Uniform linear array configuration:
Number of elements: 32
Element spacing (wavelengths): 0.5
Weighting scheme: exponential
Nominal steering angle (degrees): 15
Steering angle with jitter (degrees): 14.446
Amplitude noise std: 0.05
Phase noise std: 0.05

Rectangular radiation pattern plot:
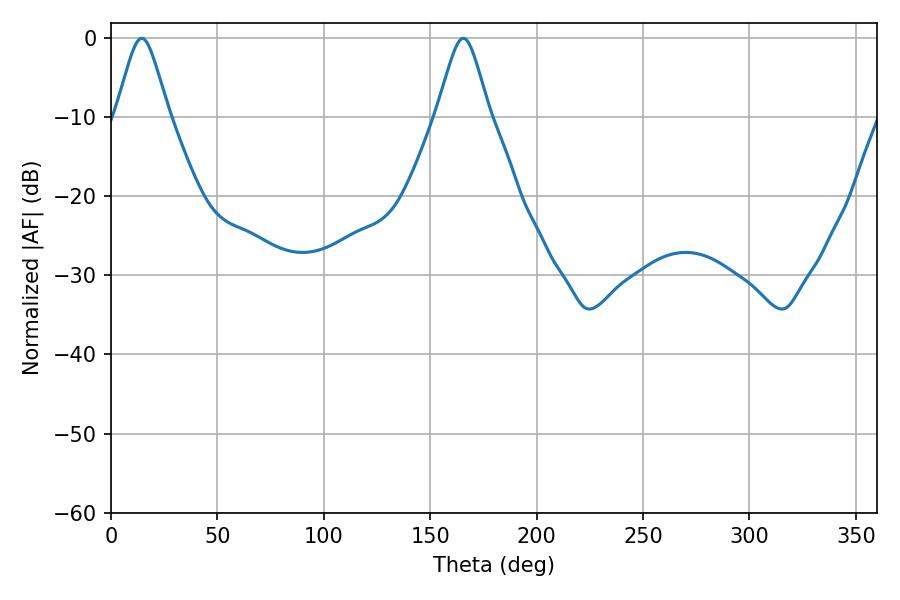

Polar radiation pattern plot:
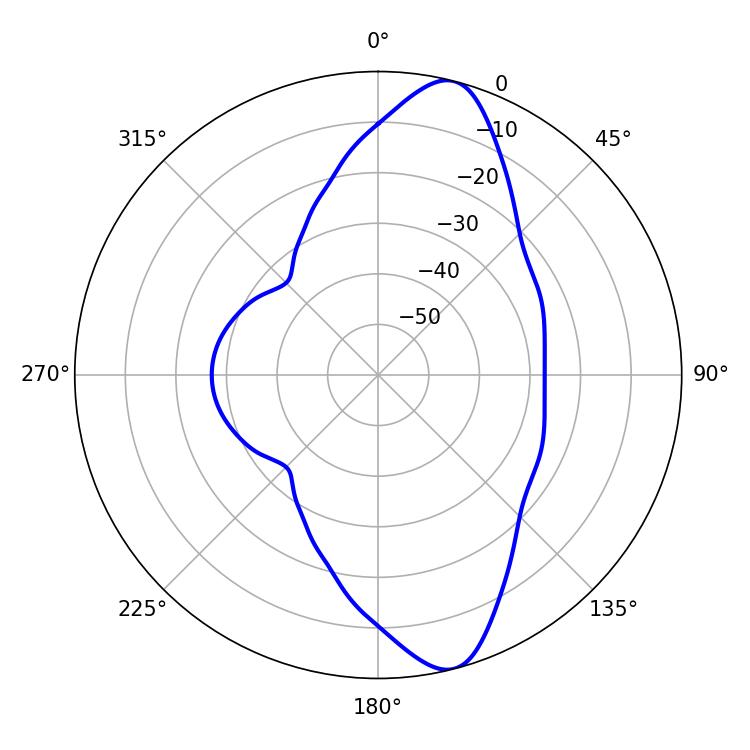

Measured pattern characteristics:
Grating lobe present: FALSE
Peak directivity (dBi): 11.827
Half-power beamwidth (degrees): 12.06
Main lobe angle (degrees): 14.4